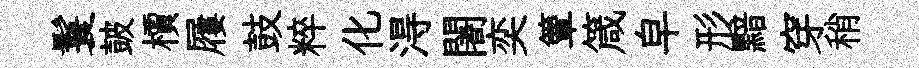
鬟皷檟屨鼓粹化淂闍奕簟箴皁形黯穿稍